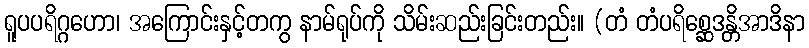
ရူပပရိဂ္ဂဟော၊ အကြောင်းနှင့်တကွ နာမ်ရုပ်ကို သိမ်းဆည်းခြင်းတည်း။ (တံ တံပရိစ္ဆေဒန္တိအာဒိနာ